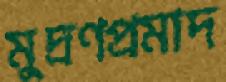
মুদ্রণপ্রমাদ